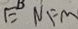
E ^ { B } N F M